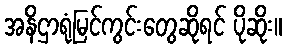
အနိဌာရုံမြင်ကွင်းတွေဆိုရင် ပိုဆိုး။